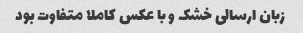
زبان ارسالی خشک و با عکس کاملا متفاوت بود